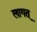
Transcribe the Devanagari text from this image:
लागत्